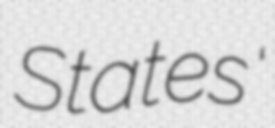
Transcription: States'